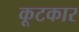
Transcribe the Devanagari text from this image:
कूटकार